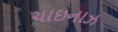
ચાઇનાઝ